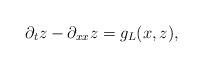
LaTeX: \begin{align*}\partial_t z-\partial_{xx} z=g_L(x,z),\end{align*}